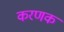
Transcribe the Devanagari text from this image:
करणक